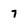
Character: 7